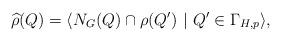
LaTeX: \begin{align*}\widehat{\rho}(Q) = \langle N_G(Q) \cap \rho(Q^\prime)\ \vert \ Q^\prime \in \Gamma_{H,p} \rangle,\end{align*}